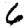
Digit: 6